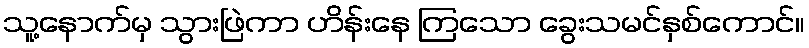
သူ့နောက်မှ သွားဖြဲကာ ဟိန်းနေ ကြသော ခွေးသမင်နှစ်ကောင်။